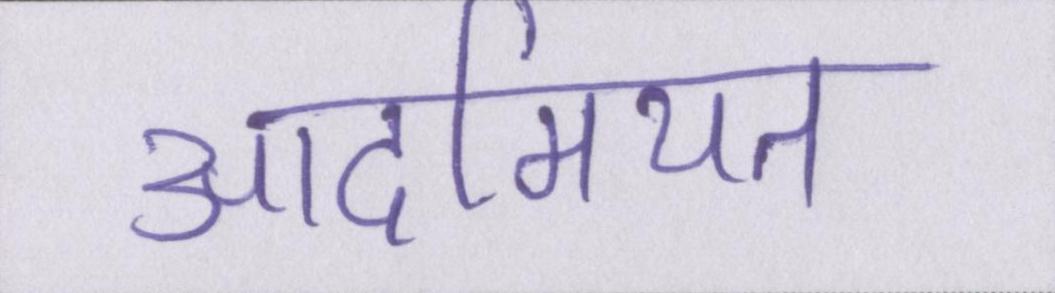
आदमियत